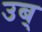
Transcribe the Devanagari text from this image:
उब्